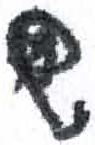
אות: ש